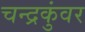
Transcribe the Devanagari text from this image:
चन्द्रकुंवर